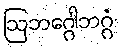
ဩဘဂ္ဂေါဘဂ္ဂံ